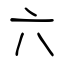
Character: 六